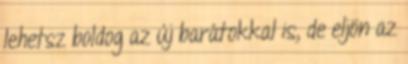
lehetsz boldog az új barátokkal is, de eljön az